Report on the Nagpur School of Medicine, Central Provinces
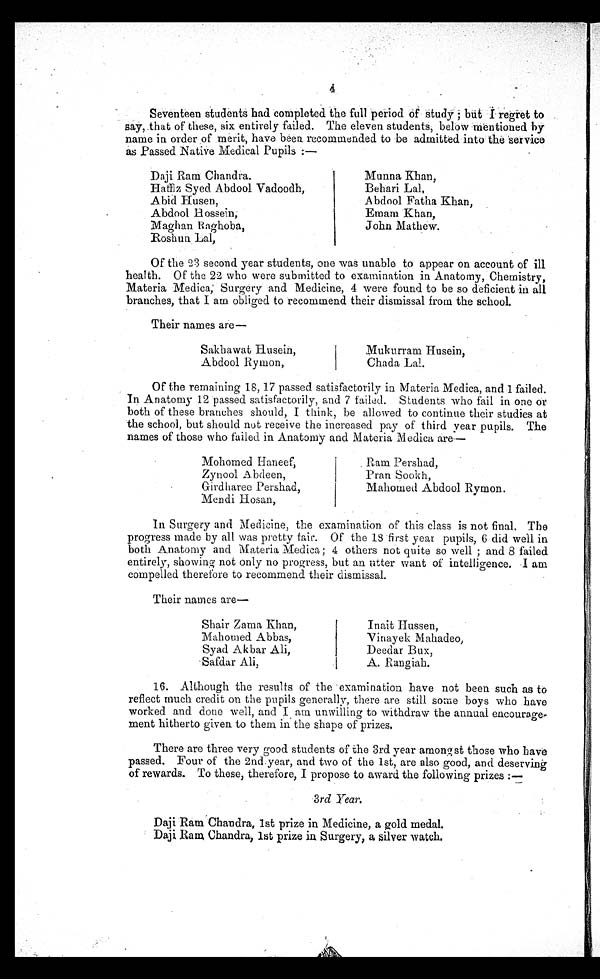
4
Seventeen students had completed the full period of study; but I r e g r e t t o
say, that of these, six entirely failed. The eleven students, below mentioned by
name in order of merit, have been recommended to be admitted into the service
as Passed Native Medical Pupils :—
Daji Ram Chandra.
Haffiz Syed Abdool Vadoodh,
Abid Husen,
Abdool Hossein,
Maghan Raghoba,
Roshun Lal,
Of the 23 second year students, one was unable to appear on account of ill
health. Of the 22 who were submitted to examination in Anatomy, Chemistry,
Materia Medica, Surgery and Medicine, 4 were found to be so deficient in all
branches, that 1 am obliged to recommend their dismissal from the school.
Their names are—
Munna Khan,
Behari Lal,
Abdool Fatha Khan,
Emam Khan,
John Mathew.
Sakhawat Husein,
Abdool Rymon,
Mukurrarm Husein,
Chada Lal.
Of the remaining 18, 17 passed satisfactorily in Materia Medica, and 1 failed.
In Anatomy 12 passed satisfactorily, and 7 failed. Students who fail in one or
both of these branches should, I think, be allowed to continue their studies at
the school, but should not receive the increased pay of third year pupils. The
names of those who failed in Anatomy and Materia Medica are—
Mohomed Haneef,
Zynool Abdeen,
Girdharee Pershad,
Mendi Hosan,
Ram Pershad,
Pran Sookh,
Mahomed Abdool Rymon.
In Surgery and Medicine, the examination of this class is not final. The
progress made by all was pretty fair. Of the 18 first year pupils, 6 did well in
both Anatomy and Materia Medica; 4 others not quite so well; and 8 failed
entirely, showing not only no progress, but an utter want of intelligence. I am
compelled therefore to recommend their dismissal.
Their names are
—
Shair Zama Khan,
Mahomed Abbas,
Syad Akbar Ali,
Safdar Ali,
Inait Rumen,
Vinayek Mahadeo,
Deedar Bux,
A. Rangiah.
16. Although the results of the examination have not been such as to
reflect much credit on the pupils generally, there are still some boys who have
worked and done well, and I am unwilling to withdraw the annual encourage-
ment hitherto given to them in the shape of prizes.
There are three very good students of the 3rd year amongst those who have
passed. Four of the 2nd year, and two of the 1st, are also good, and deserving
of rewards. To these, therefore, I propose to award the following prizes:—
3rd Year.
Daji Ram Chandra, 1st prize in Medicine, a gold medal.
Daji Ram Chandra, 1st prize in Surgery, a Silver watch.